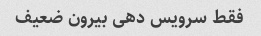
فقط سرویس دهی بیرون ضعیف